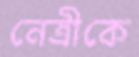
নেত্রীকে